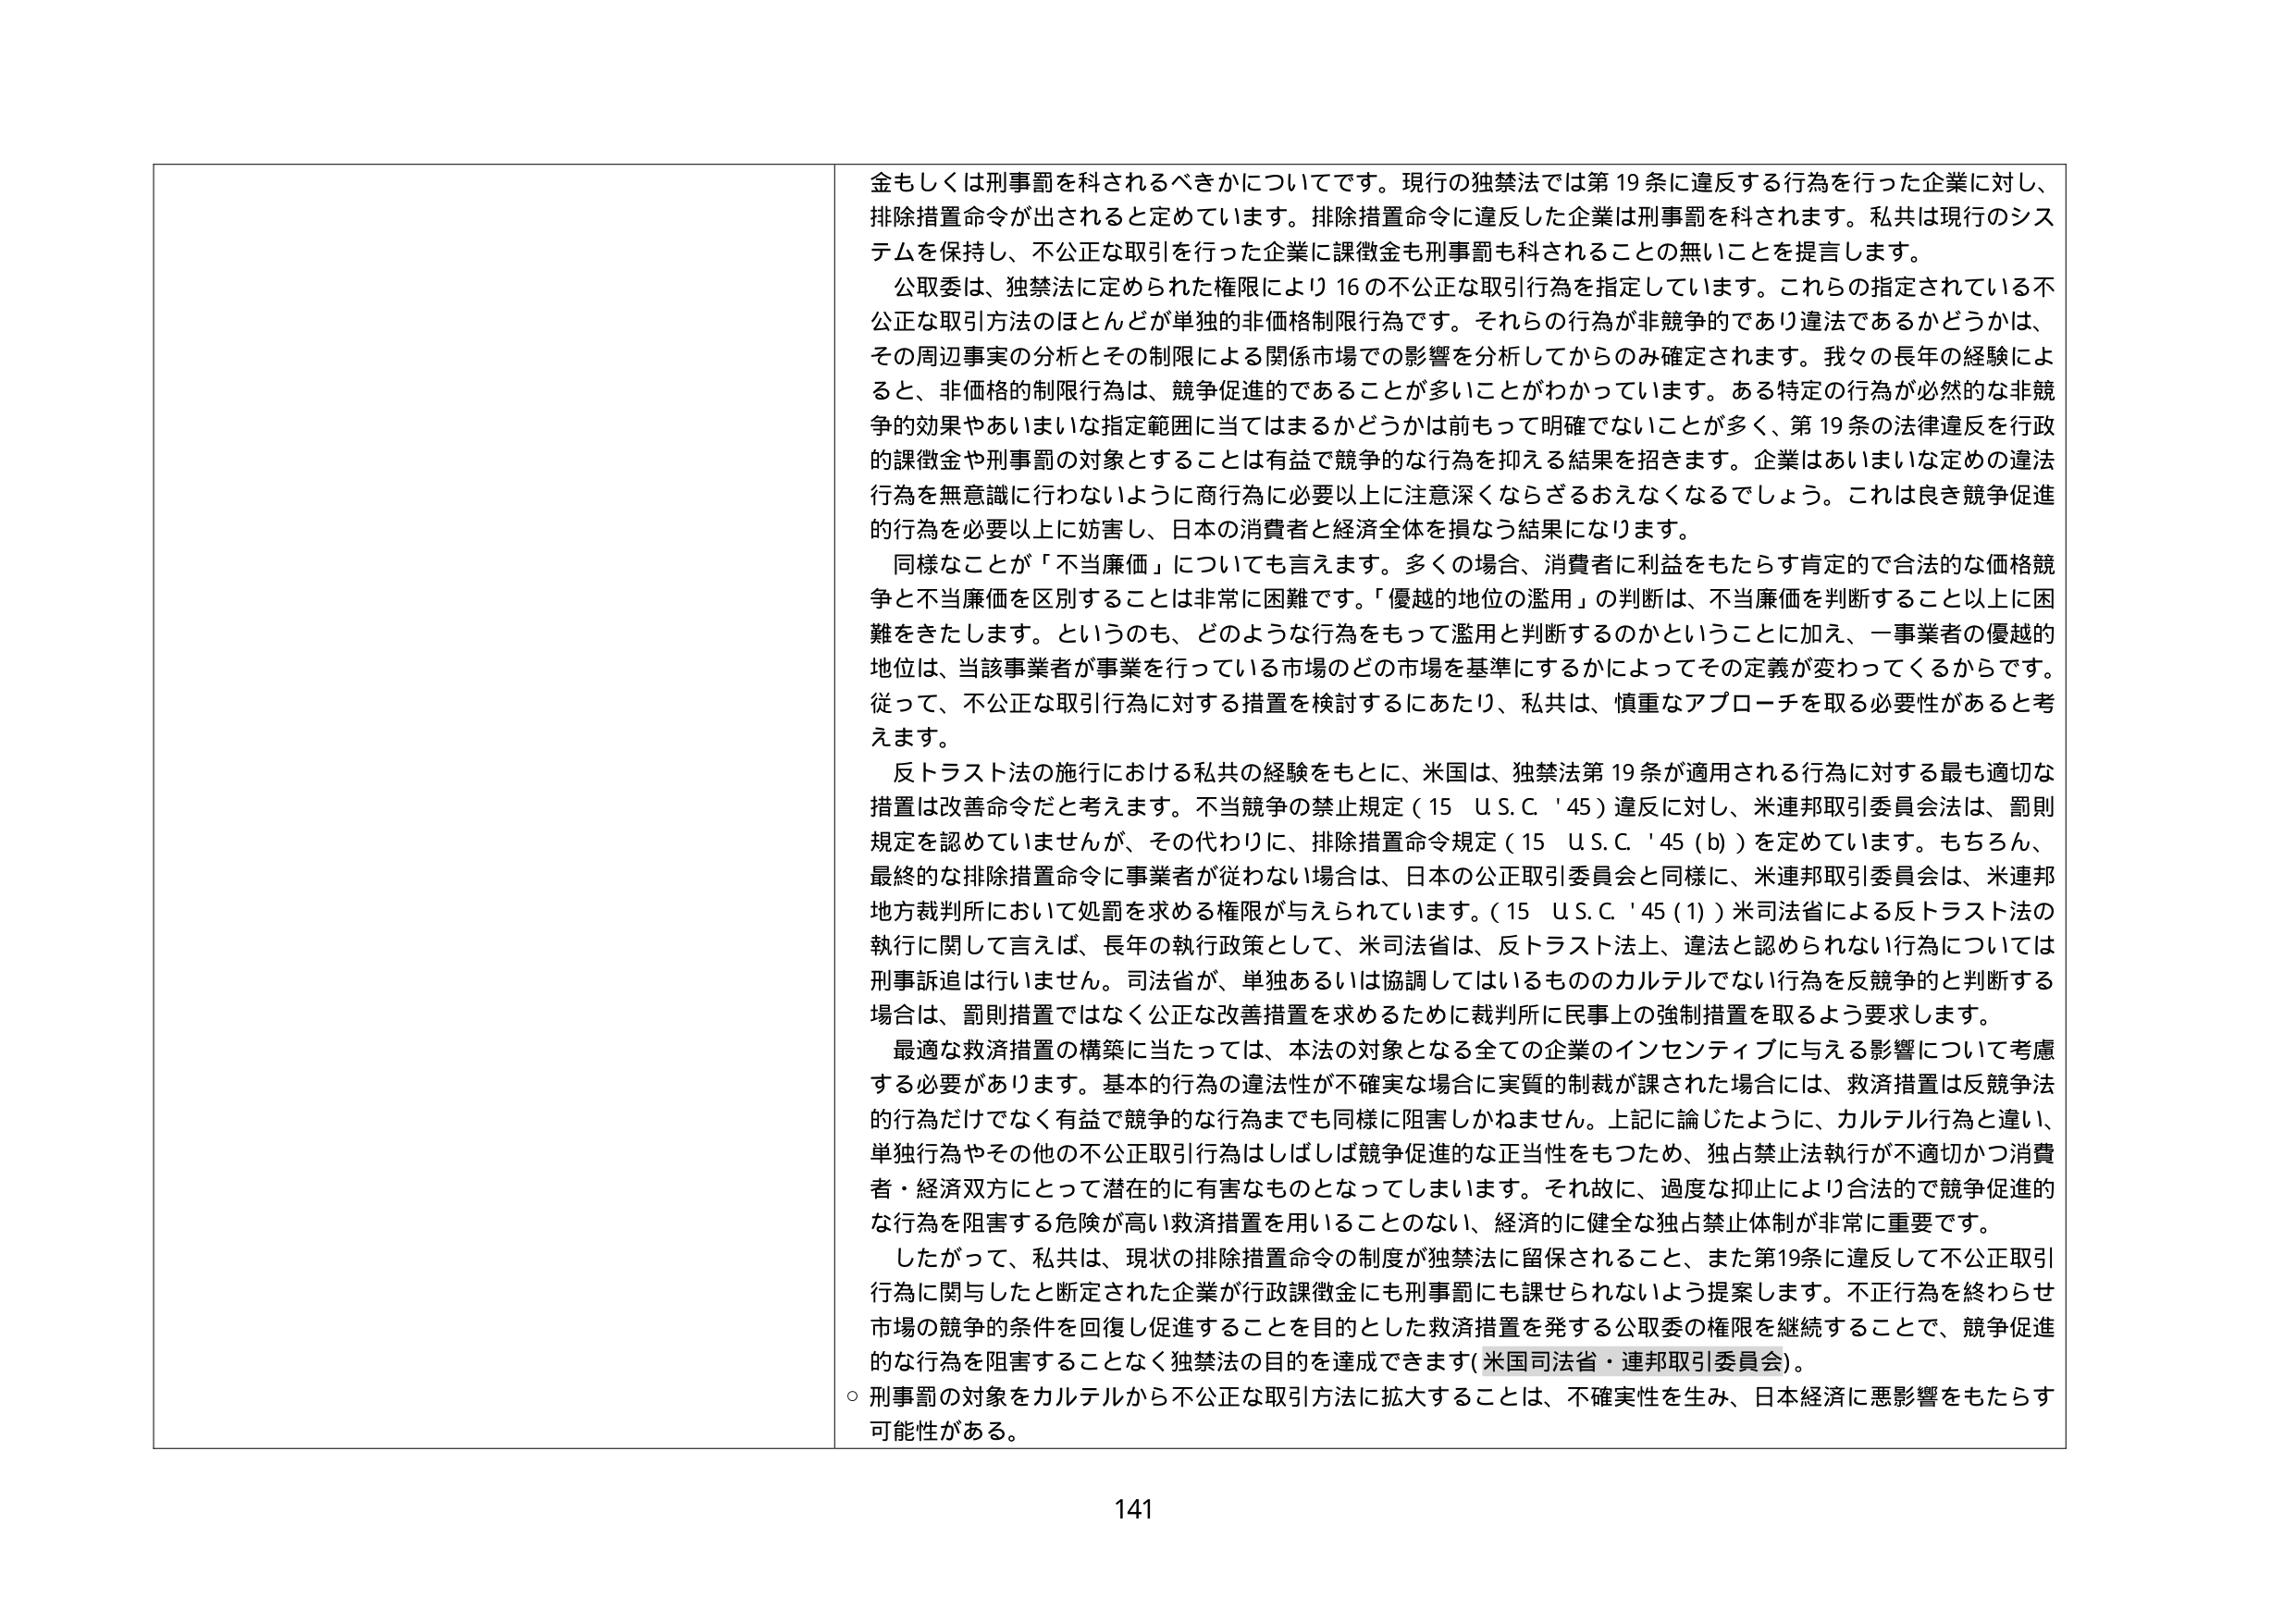
金もしくは刑事罰を科されるべきかについてです。現行の独禁法では第19条に違反する行為を行った企業に対し、排除措置命令が出されると定めています。排除措置命令に違反した企業は刑事罰を科されます。私共は現行のシステムを保持し、不公正な取引を行った企業に課徴金も刑事罰も科されることの無いことを提言します。

公取委は、独禁法に定められた権限により16の不公正な取引行為を指定しています。これらの指定されている不公正な取引方法のほとんどが単独的非価格制限行為です。それらの行為が非競争的であり違法であるかどうかは、その周辺事実の分析とその制限による関係市場での影響を分析してからのみ確定されます。我々の長年の経験によると、非価格的制限行為は、競争促進的であることが多いことがわかっています。ある特定の行為が必然的な非競争的効果やあいまいな指定範囲に当てはまるかどうかは前もって明確でないことが多く、第19条の法律違反を行政的課徴金や刑事罰の対象とすることは有益で競争的な行為を抑える結果を招きます。企業はあいまいな定めの違法行為を無意識に行わないように商行為に必要以上に注意深くならざるおえなくなるでしょう。これは良き競争促進的行為を必要以上に妨害し、日本の消費者と経済全体を損なう結果になります。

同様なことが「不当廉価」についても言えます。多くの場合、消費者に利益をもたらす肯定的で合法的な価格競争と不当廉価を区別することは非常に困難です。「優越的地位の濫用」の判断は、不当廉価を判断すること以上に困難をきたします。というのも、どのような行為をもって濫用と判断するのかということに加え、一事業者の優越的地位は、当該事業者が事業を行っている市場のどの市場を基準にするかによってその定義が変わってくるからです。従って、不公正な取引行為に対する措置を検討するにあたり、私共は、慎重なアプローチを取る必要性があると考えます。

反トラスト法の施行における私共の経験をもとに、米国は、独禁法第19条が適用される行為に対する最も適切な措置は改善命令だと考えます。不当競争の禁止規定（15 U.S.C. '45）違反に対し、米連邦取引委員会法は、罰則規定を認めていませんが、その代わりに、排除措置命令規定（15 U.S.C. '45(b)）を定めています。もちろん、最終的な排除措置命令に事業者が従わない場合は、日本の公正取引委員会と同様に、米連邦取引委員会は、米連邦地方裁判所において処罰を求める権限が与えられています。（15 U.S.C. '45(1)）米司法省による反トラスト法の執行に関して言えば、長年の執行政策として、米司法省は、反トラスト法上、違法と認められない行為については刑事訴追は行いません。司法省が、単独あるいは協調してはいるもののカルテルでない行為を反競争的と判断する場合は、罰則措置ではなく公正な改善措置を求めるために裁判所に民事上の強制措置を取るよう要求します。

最適な救済措置の構築に当たっては、本法の対象となる全ての企業のインセンティブに与える影響について考慮する必要があります。基本的行為の違法性が不確実な場合に実質的制裁が課された場合には、救済措置は反競争法的行為だけでなく有益で競争的な行為までも同様に阻害しかねません。上記に論じたように、カルテル行為と違い、単独行為やその他の不公正取引行為はしばしば競争促進的な正当性をもつため、独占禁止法執行が不適切かつ消費者・経済双方にとって潜在的に有害なものとなってしまいます。それ故に、過度な抑止により合法的で競争促進的な行為を阻害する危険が高い救済措置を用いることのない、経済的に健全な独占禁止体制が非常に重要です。

したがって、私共は、現状の排除措置命令の制度が独禁法に留保されること、また第19条に違反して不公正取引行為に関与したと断定された企業が行政課徴金にも刑事罰にも課せられないよう提案します。不正行為を終わらせ市場の競争の条件を回復し促進することを目的とした救済措置を発する公取委の権限を継続することで、競争促進的な行為を阻害することなく独禁法の目的を達成できます（米国司法省・連邦取引委員会）。

○ 刑事罰の対象をカルテルから不公正な取引方法に拡大することは、不確実性を生み、日本経済に悪影響をもたらす可能性がある。

141